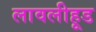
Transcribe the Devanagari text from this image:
लावलीहूड